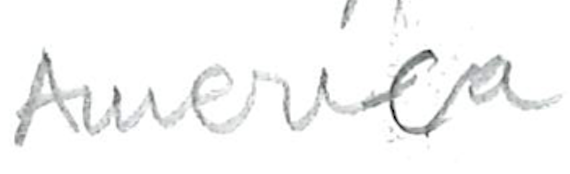
Text: America
Cross-out: clean
Writing tool: pencil